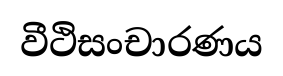
වීථිසංචාරණය